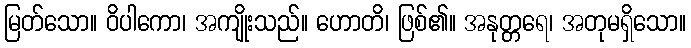
မြတ်သော။ ဝိပါကော၊ အကျိုးသည်။ ဟောတိ၊ ဖြစ်၏။ အနုတ္တရေ၊ အတုမရှိသော။